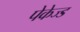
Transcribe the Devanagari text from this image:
पेकेज्ड